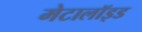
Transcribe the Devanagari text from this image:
मेटालॉइड